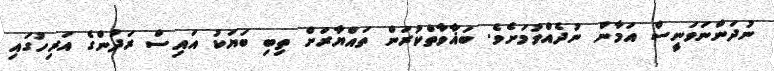
ނުދަންނަވަނީސް އަމާން ނުދެއްވުމަށެވެ. ބަޣާވާތްކުރަން ތައްޔާރަށް ތިބި ބަޔަކު އައިސް ރަދުންގެ އަރިހުގައި